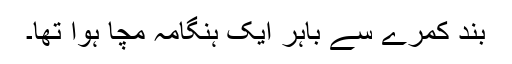
بند کمرے سے باہر ایک ہنگامہ مچا ہوا تھا۔